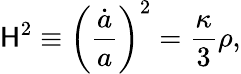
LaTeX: \mathsf{H}^{2}\equiv\biggl(\frac{{\dot{{a}}}}{{a}}\biggr)^{2}=\frac{{\kappa}}{{3}}\rho,